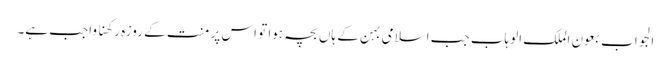
الجواب بعون الملک الوہاب جب اسلامی بہن کے ہاں بچہ ہوا تو اس پر منت کے روزہ رکھنا واجب ہے۔